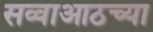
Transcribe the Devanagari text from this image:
सव्वाआठच्या